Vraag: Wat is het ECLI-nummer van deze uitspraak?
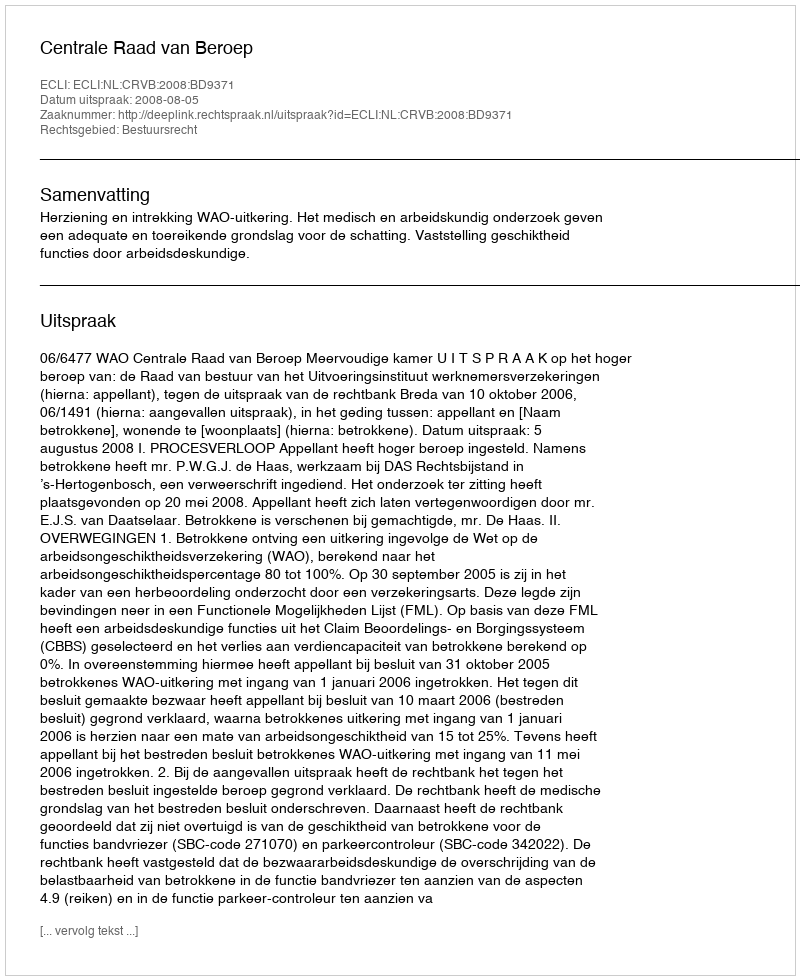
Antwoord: ECLI:NL:CRVB:2008:BD9371